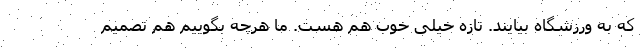
که به ورزشگاه بیایند. تازه خیلی خوب هم هست. ما هرچه بگوییم هم تصمیم